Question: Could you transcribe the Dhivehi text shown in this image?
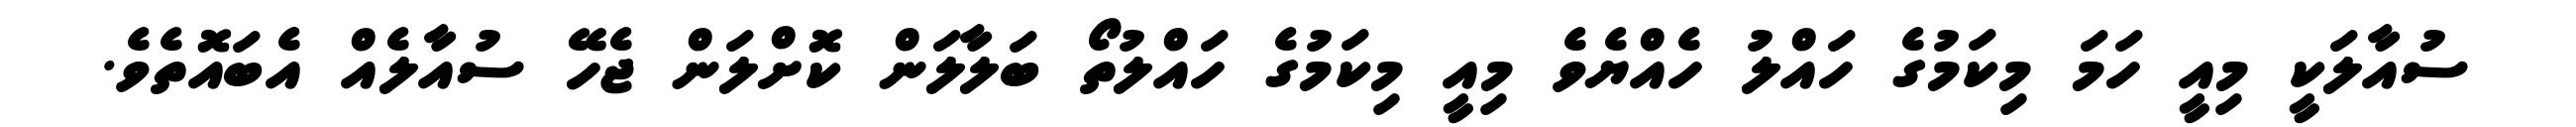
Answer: ސުއާލަކީ މިއީ ހަމަ މިކަމުގެ ހައްލު ހެއްޔެވެ މިއީ މިކަމުގެ ހައްލުތޯ ބަލާލަން ކޮށްލަން ޖެހޭ ސުއާލެއް އެބައޮތެވެ.